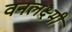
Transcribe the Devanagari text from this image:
वनलक्ष्मी